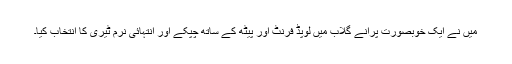
میں نے ایک خوبصورت پرانے گلاب میں لوپڈ فرنٹ اور پیٹھ کے ساتھ چپکے اور انتہائی نرم ٹیری کا انتخاب کیا۔